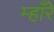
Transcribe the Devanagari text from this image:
म्हाँरे